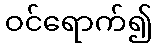
ဝင်ရောက်၍